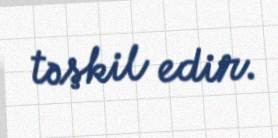
təşkil edir.